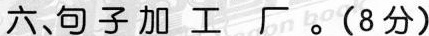
六、句子加工 。(8分)